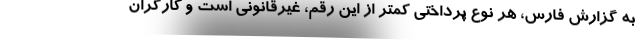
به گزارش فارس، هر نوع پرداختی کمتر از این رقم، غیرقانونی است و کارگران